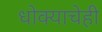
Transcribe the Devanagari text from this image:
धोक्याचेही